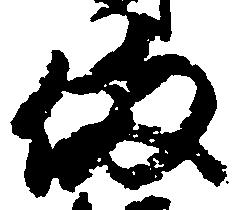
備